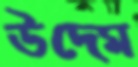
উদেম